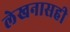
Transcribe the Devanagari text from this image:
लेखनासही